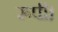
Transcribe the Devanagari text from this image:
रूपी।